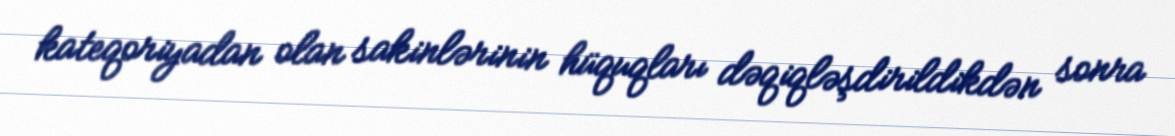
kateqoriyadan olan sakinlərinin hüquqları dəqiqləşdirildikdən sonra